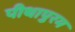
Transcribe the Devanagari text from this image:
पीथापुरम